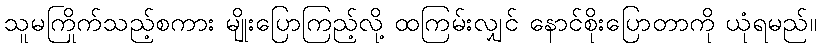
သူမကြိုက်သည့်စကား မျိုးပြောကြည့်လို့ ထကြမ်းလျှင် နောင်စိုးပြောတာကို ယုံရမည်။